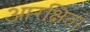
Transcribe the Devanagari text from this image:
आरक्षित।